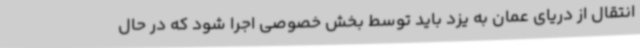
انتقال از دریای عمان به یزد باید توسط بخش خصوصی اجرا شود که در حال